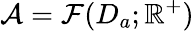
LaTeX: \mathcal{A}=\mathcal{F}(D_{a};\mathbb{R}^{+})